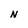
Character: N